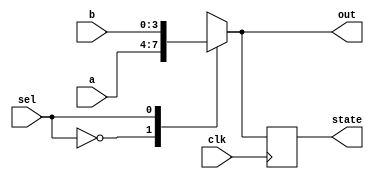
module behavioral_model (
    input wire clk,        // Clock signal
    input wire [3:0] a,   // 4-bit input
    input wire [3:0] b,   // 4-bit input
    input wire sel,       // Select signal for multiplexer
    output reg [3:0] out, // Output for combinational logic
    output reg [3:0] state // Output for sequential logic
);

// Combinational Logic using always @*
always @* begin
    // Multiplexer logic
    case (sel)
        1'b0: out = a;    // If sel is 0, output a
        1'b1: out = b;    // If sel is 1, output b
        default: out = 4'bxxxx; // Undefined case
    endcase
end

// Sequential Logic using always @(posedge clk)
always @(posedge clk) begin
    // State storage example
    state <= out; // Store the output of combinational logic into state on clock edge
end

endmodule